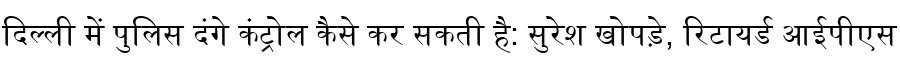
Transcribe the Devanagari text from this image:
दिल्ली में पुलिस दंगे कंट्रोल कैसे कर सकती है: सुरेश खोपड़े, रिटायर्ड आईपीएस